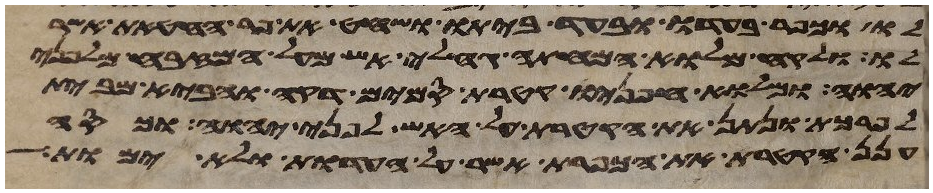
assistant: לו וכפר בעדו ובעד ביתו ושחט את פר החטאת אשר
לו ולקח מלוא המחתה גחלי אש מעל המזבח מלפני
יהוה ומלוא חפניו קטרת סמים דקה והביא מבית
לפרכת ונתן את הקטרת על האש לפני יהוה וכסה
ענן הקטרת את הכפרת אשר על העדות ולא ימות